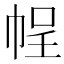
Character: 𭘡